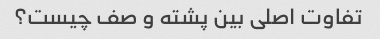
تفاوت اصلی بین پشته و صف چیست؟